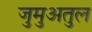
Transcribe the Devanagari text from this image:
जुमुअतुल